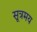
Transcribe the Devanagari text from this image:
सूत्रमय